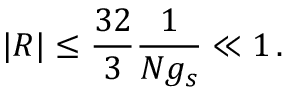
\vert { \cal R } \vert \le \frac { 3 2 } { 3 } \frac { 1 } { N g _ { s } } \ll 1 \, .